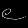
Digit: ၉